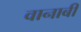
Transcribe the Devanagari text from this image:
वानाबी